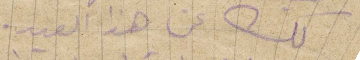
لك عن هذا العيد.